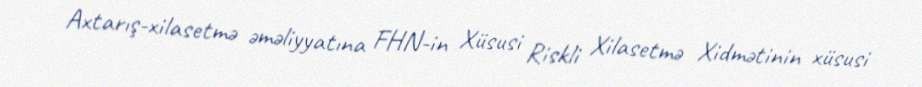
Axtarış-xilasetmə əməliyyatına FHN-in Xüsusi Riskli Xilasetmə Xidmətinin xüsusi